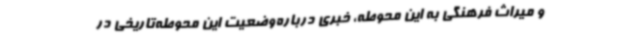
و میراث فرهنگی به این محوطه، خبری درباره‌وضعیت این محوطه‌تاریخی در